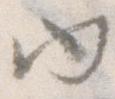
内